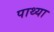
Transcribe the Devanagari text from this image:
पाथ्या